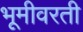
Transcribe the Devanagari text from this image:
भूमीवरती